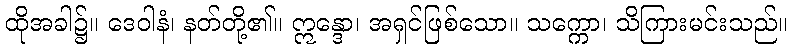
ထိုအခါ၌။ ဒေဝါနံ၊ နတ်တို့၏။ ဣန္ဒော၊ အရှင်ဖြစ်သော။ သက္ကော၊ သိကြားမင်းသည်။